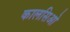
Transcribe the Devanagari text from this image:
कालसिओ